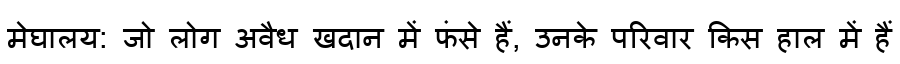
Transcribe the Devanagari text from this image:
मेघालय: जो लोग अवैध खदान में फंसे हैं, उनके परिवार किस हाल में हैं